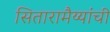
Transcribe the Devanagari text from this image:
सितारामैय्यांची